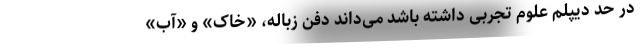
در حد دیپلم علوم تجربی داشته باشد می‌داند دفن زباله، «خاک» و «آب»